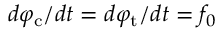
d \varphi _ { \mathrm { c } } / d t = d \varphi _ { \mathrm { t } } / d t = f _ { 0 }